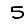
Digit: 5